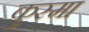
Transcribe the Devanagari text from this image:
कुस्मा